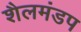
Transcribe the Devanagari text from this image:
शैलमंडप